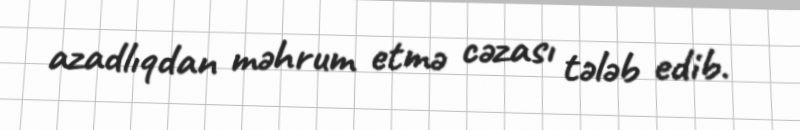
azadlıqdan məhrum etmə cəzası tələb edib.